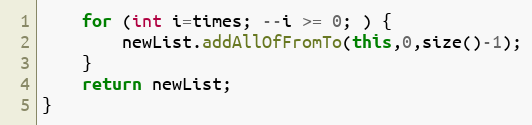
Language: Java
	for (int i=times; --i >= 0; ) {
		newList.addAllOfFromTo(this,0,size()-1);
	}
	return newList;
}